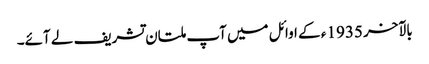
بالآخر 1935 ء کے اوائل میں آپ ملتان تشریف لے آئے۔